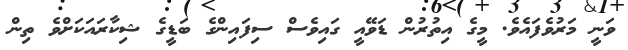
ވަނީ މަރުވެފައެވެ. މީގެ އިތުރުން ޑަވޭއީ ގައިވެސް ސިފައިންގެ ބަޑީގެ ޝިކާރައަކަށްވެ ތިން